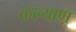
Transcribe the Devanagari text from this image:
कल्याण़